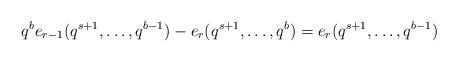
LaTeX: \begin{align*}q^{b}e_{r-1}(q^{s+1}, \ldots , q^{b-1})-e_{r}(q^{s+1}, \ldots , q^{b})=e_{r}(q^{s+1}, \ldots , q^{b-1}) \end{align*}